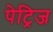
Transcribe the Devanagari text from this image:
पेट्रिज